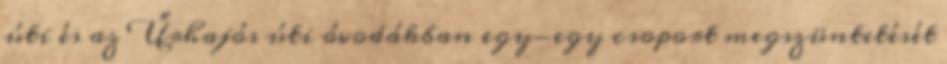
úti és az Űrhajós úti óvodákban egy-egy csoport megszüntetését